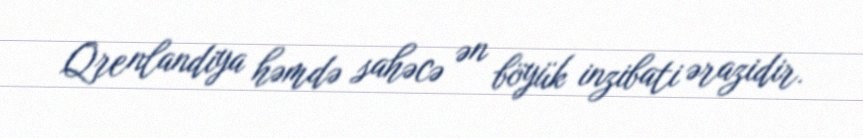
Qrenlandiya həmdə sahəcə ən böyük inzibati ərazidir.